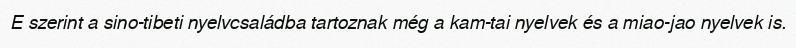
E szerint a sino-tibeti nyelvcsaládba tartoznak még a kam-tai nyelvek és a miao-jao nyelvek is.